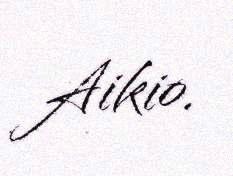
Aikio.